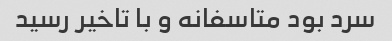
سرد بود متاسفانه و با تاخیر رسید